Source: Handwritten
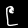
Digit: ၉ (9)